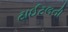
ટાઈટલની